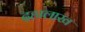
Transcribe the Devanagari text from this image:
दहालाख